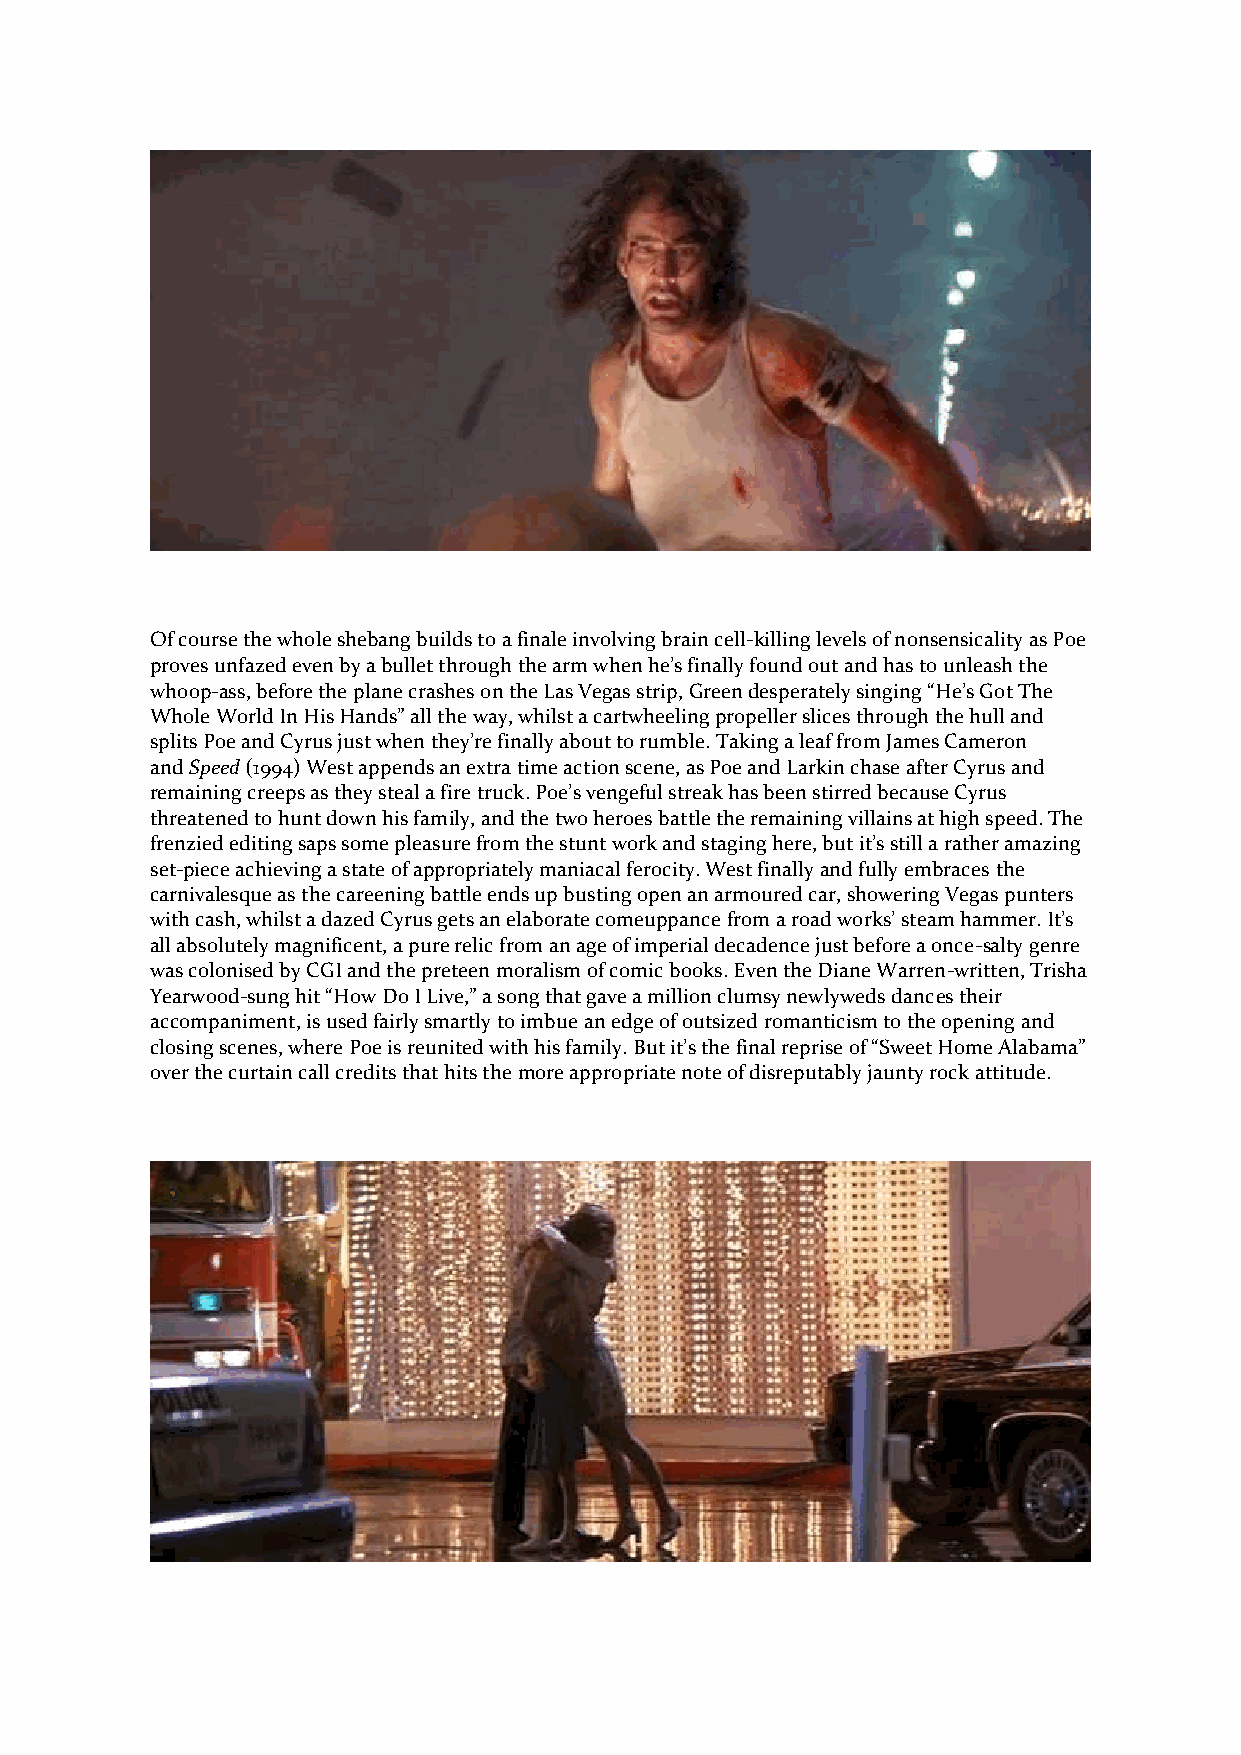
Of course the whole shebang builds to a finale involving brain cell-killing levels of nonsensicality as Poe
 proves unfazed even by a bullet through the arm when he’s finally found out and has to unleash the
 whoop-ass, before the plane crashes on the Las Vegas strip, Green desperately singing “He’s Got The
 Whole World In His Hands” all the way, whilst a cartwheeling propeller slices through the hull and
 splits Poe and Cyrus just when they’re finally about to rumble. Taking a leaf from James Cameron
 and Speed (1994) West appends an extra time action scene, as Poe and Larkin chase after Cyrus and
 remaining creeps as they steal a fire truck. Poe’s vengeful streak has been stirred because Cyrus
 threatened to hunt down his family, and the two heroes battle the remaining villains at high speed. The
 frenzied editing saps some pleasure from the stunt work and staging here, but it’s still a rather amazing
 set-piece achieving a state of appropriately maniacal ferocity. West finally and fully embraces the
 carnivalesque as the careening battle ends up busting open an armoured car, showering Vegas punters
 with cash, whilst a dazed Cyrus gets an elaborate comeuppance from a road works’ steam hammer. It’s
 all absolutely magnificent, a pure relic from an age of imperial decadence just before a once-salty genre
 was colonised by CGI and the preteen moralism of comic books. Even the Diane Warren-written, Trisha
 Yearwood-sung hit “How Do I Live,” a song that gave a million clumsy newlyweds dances their
 accompaniment, is used fairly smartly to imbue an edge of outsized romanticism to the opening and
 closing scenes, where Poe is reunited with his family. But it’s the final reprise of “Sweet Home Alabama”
 over the curtain call credits that hits the more appropriate note of disreputably jaunty rock attitude.